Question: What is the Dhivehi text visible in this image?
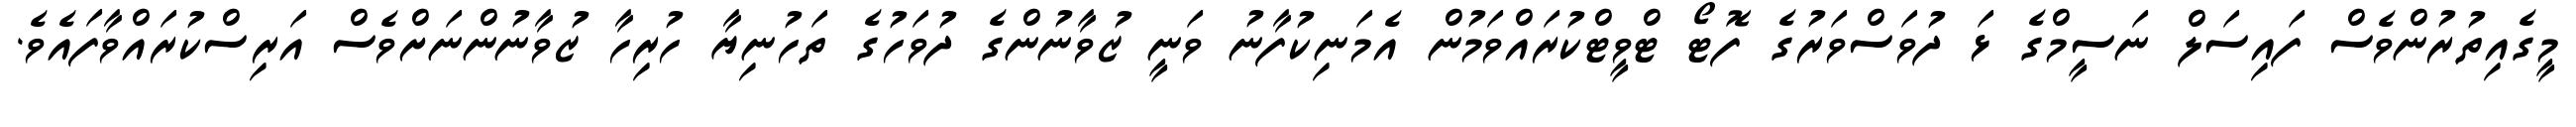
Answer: މީގެއިތުރުންވެސް ފައިސަލް ނަސީމްގެ ޅަ ދުވަސްވަރުގެ ފޮޓޯ ޓްވީޓްކުރައްވަމުން އެމަނިކުފާނު ވަނީ ޒުވާނުންގެ ދުވަހުގެ ތަހުނިޔާ ހުރިހާ ޒުވާނުންނަށްވެސް އަރިސްކުރައްވާފައެވެ.